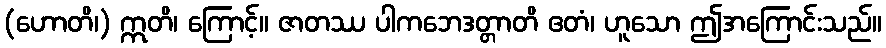
(ဟောတိ၊) ဣတိ၊ ကြောင့်။ ဇာတဿ ပါကဘေဒတ္တာတိ ဧတံ၊ ဟူသော ဤအကြောင်းသည်။